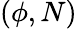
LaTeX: (\phi,N)